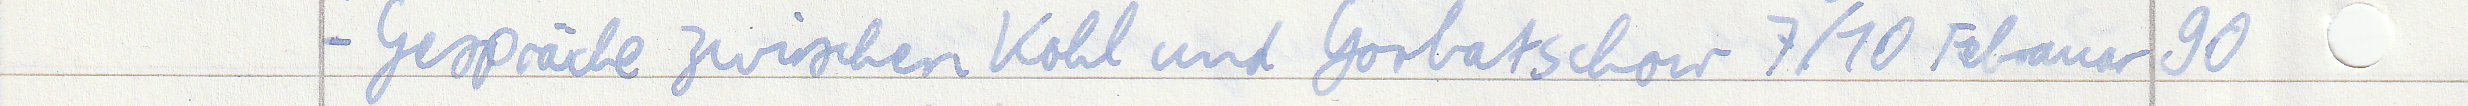
- Gespräche zwischen Kohl und Gorbatschow 7/10 Februar 90